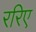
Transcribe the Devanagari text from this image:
ररिए